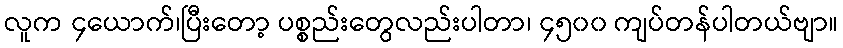
လူက ၄ယောက်၊ပြီးတော့ ပစ္စည်းတွေလည်းပါတာ၊ ၄၅၀၀ ကျပ်တန်ပါတယ်ဗျာ။